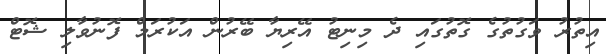
އިތުރު ވަގުތުގެ ގޮތުގައި ދެ މިނިޓު އޭރިޔާ ބޭރުން އަކުރަމް ފޮނުވާލި ޝޮޓް